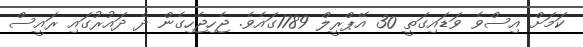
ކަމަށް އިސްވެ ވަޑައިގަތީ 30 އޭޕްރީލް 1789ގައެވެ. ޖެހިޖެހިގެން ދެ ދައުރުގައި ރައީސް